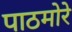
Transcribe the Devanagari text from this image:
पाठमोरे